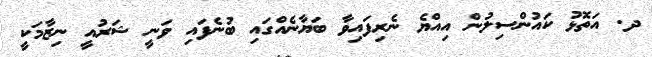
ދ. އަތޮޅު ކައުންސިލުން އިއްޔެ ނެރިފައިވާ ބަޔާނެއްގައި ބުނެފައި ވަނީ ޝަރުއީ ނިޒާމަކީ